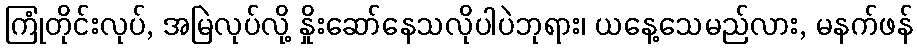
ကြုံတိုင်းလုပ်, အမြဲလုပ်လို့ နှိုးဆော်နေသလိုပါပဲဘုရား၊ ယနေ့သေမည်လား, မနက်ဖန်